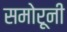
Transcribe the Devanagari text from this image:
समोरूनी